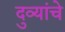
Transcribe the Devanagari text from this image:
दुव्यांचे